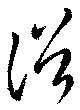
俗